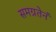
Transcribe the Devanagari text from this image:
समग्रतेनं